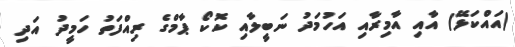
(އައްކަޅޭ) އާއި އާމިރާއި އަހުމަދު ނަބީލާއި ކޮކޯ ޕާމްގެ ރިއްފަތު ހަމީދު އަދި